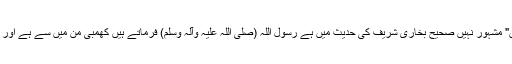
لیکن یہاں "من" سے مراد یہی "من" مشہور نہیں صحیح بخاری شریف کی حدیث میں ہے رسول اللہ (صلی اللہ علیہ وآلہ وسلم) فرماتے ہیں کھمبی من میں سے ہے اور اس کا پانی آنکھ کے لیے شفا ہے۔